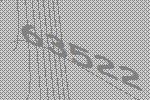
63522